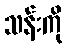
သန်းကို